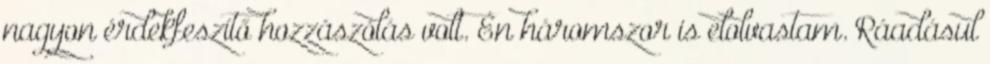
nagyon érdekfeszítő hozzászólás volt. Én háromszor is elolvastam. Ráadásul